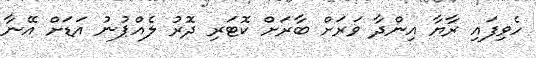
ހެވިފައި ރާޔާ އިންދާ ވަރަށް ބާރަށް ކޮޓަރި ދޮރު ލެއްޕުނު އަޑަށް އޭނާ